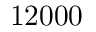
1 2 0 0 0